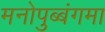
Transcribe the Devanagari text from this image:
मनोपुब्बंगमा